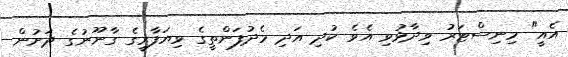
އެއީ" މިނިސްޓަރު ވިދާޅުވި އެވެ ކުދި އަދި މެދުފަންތީގެ ވިޔަފާރީގެ ގާނޫނުގެ ދަށުން